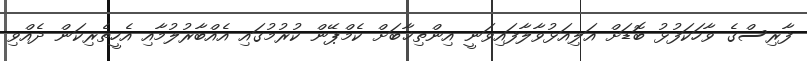
ފާރިސްގެ ވާހަކަފުޅު ބޮޑަށް އަލިއަޅުވާލާފައިވަނީ އިންތިޚާބަށް ކެމްޕޭން ކުރުމުގައި އެއްބާރުލުމާއި އެހީތެރިކަން ދެއްވި